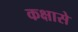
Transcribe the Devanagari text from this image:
कक्षासे